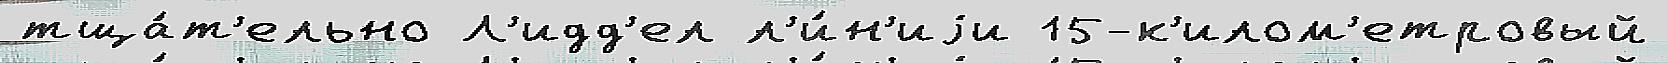
тща́т'ельно Л'идд'ел л'и́н'иjи 15-к'илом'етровый